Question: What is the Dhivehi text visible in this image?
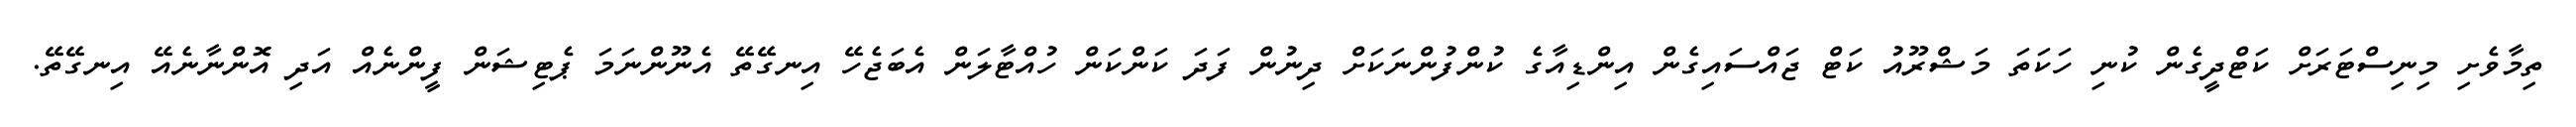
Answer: ތިމާވެށި މިނިސްޓަރަށް ކަޓްދީގެން ކުނި ހަކަތަ މަޝްރޫއު ކަޓް ޖައްސައިގެން އިންޑިއާގެ ކުންފުންނަކަށް ދިނުން ފަދަ ކަންކަން ހުއްޓާލަން އެބަޖެހޭ އިނގޭތޭ އެނޫންނަމަ ޕެޓިޝަން ފީންނެއް އަދި އޮންނާނެއޭ އިނގޭތޭ.